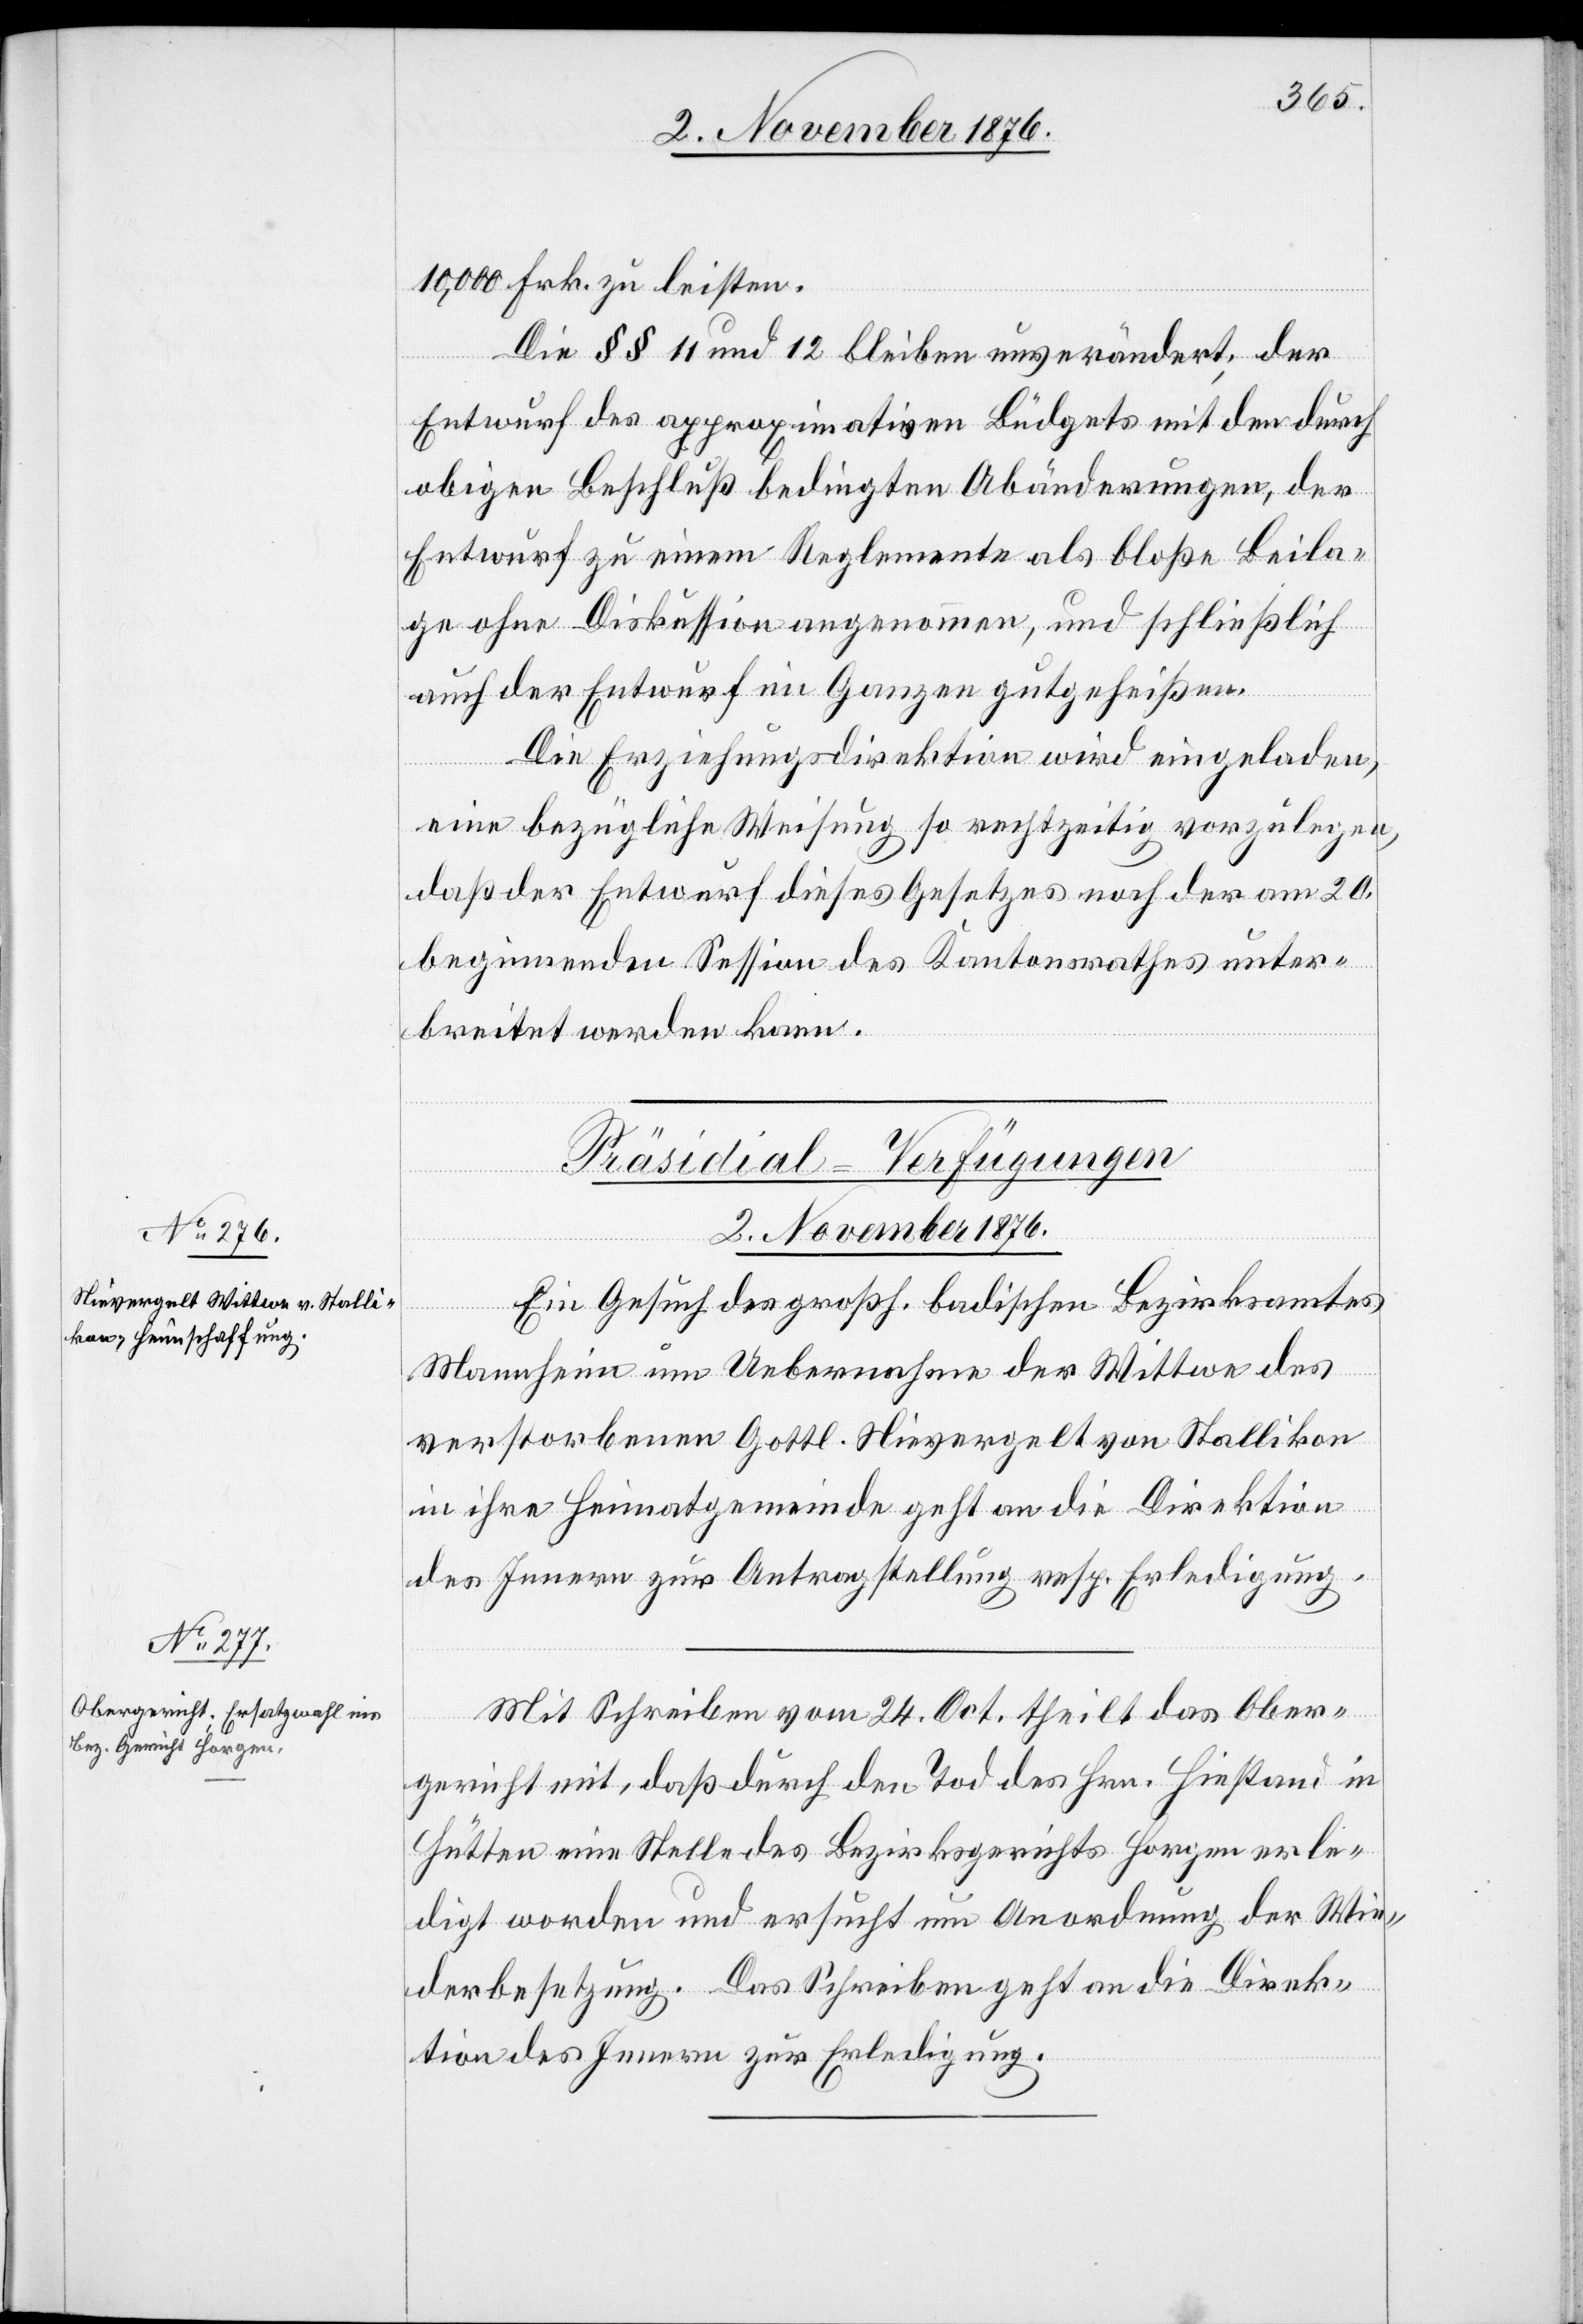
2. November 1876.]
10,000 Frk. zu leisten.
Die §§ 11 und 12 bleiben unverändert; der
Entwurf des approximativen Büdgets mit den durch
obigen Beschluß bedingten Abänderungen, der
Entwurf zu einem Reglemente als bloße Beila¬
ge ohne Diskussion angenommen, und schließlich
auch der Entwurf im Ganzen gutgeheißen.
Die Erziehungsdirektion wird eingeladen,
eine bezügliche Weisung so rechtzeitig vorzulegen,
daß der Entwurf dieses Gesetzes nach der am 20.
beginnenden Session des Kantonsrathes unter¬
breitet werden kann.
[Präsidial-Verfügungen
Ein Gesuch des großh. badischen Bezirksamtes
Mannheim um Uebernahme der Wittwe des
verstorbenen Gottl. Nievergelt von Stallikon
in ihre Heimatgemeinde geht an die Direktion
des Innern zur Antragstellung resp. Erledigung.
Mit Schreiben vom 24. Oct. theilt das Ober¬
gericht mit, daß durch den Tod des Hrn. Hiestand in
Hütten eine Stelle des Bezirksgerichtes Horgen erle¬
digt worden und ersucht um Anordnung der Wie¬
derbesetzung. Das Schreiben geht an die Direk¬
tion des Innern zur Erledigung.